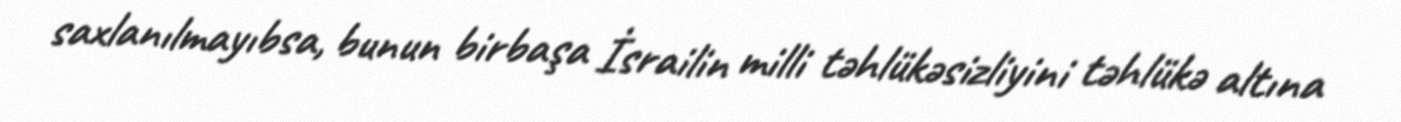
saxlanılmayıbsa, bunun birbaşa İsrailin milli təhlükəsizliyini təhlükə altına